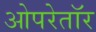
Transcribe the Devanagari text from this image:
ओपरेतॉर